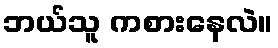
ဘယ်သူ ကစားနေလဲ။